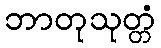
ဘာတုသုတ္တံ